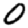
Digit: 0